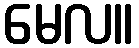
မေလ။